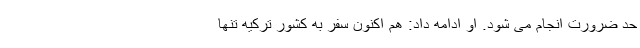
حد ضرورت انجام می شود. او ادامه داد: هم اکنون سفر به کشور ترکیه تنها